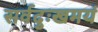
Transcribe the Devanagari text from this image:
सर्वदुःखमयं